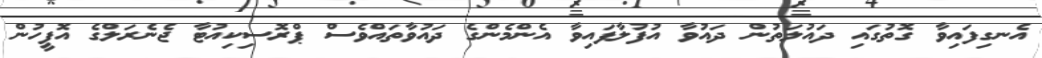
އެނގިފައިވާ ގޮތުގައި ދައުލަތުން ދައުވާ އުފުލާފައިވާ އެންމެންގެ ދައުވާތައްވެސް ޕްރޮސިކިއުޓާ ޖެނެރަލްގެ އޮފީހުން